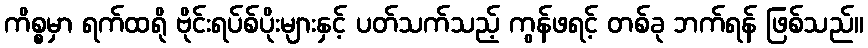
ကိစ္စမှာ ရက်ထရို ဗိုင်းရပ်စ်ပိုးများနှင့် ပတ်သက်သည့် ကွန်ဖရင့် တစ်ခု ဘက်ရန် ဖြစ်သည်။